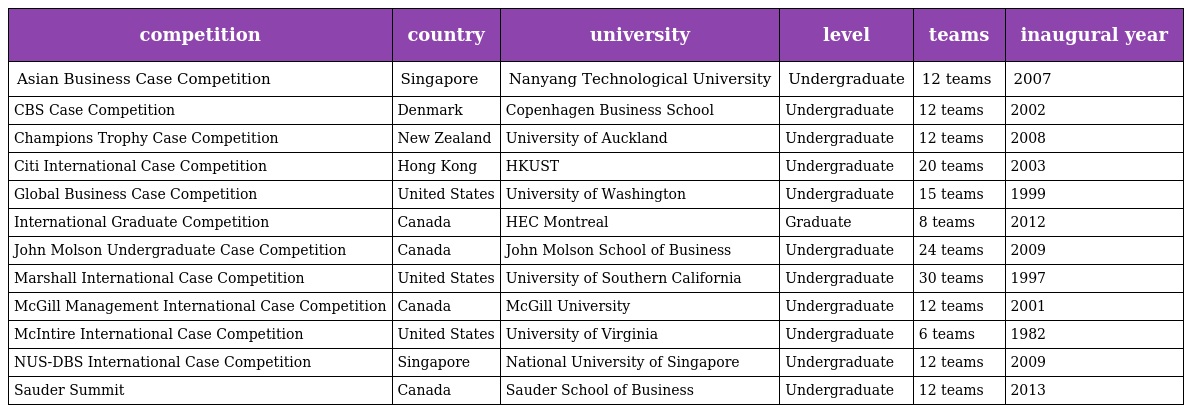
| competition | country | university | level | teams | inaugural year |
 | --- | --- | --- | --- | --- | --- |
 | Asian Business Case Competition | Singapore | Nanyang Technological University | Undergraduate | 12 teams | 2007 |
 | CBS Case Competition | Denmark | Copenhagen Business School | Undergraduate | 12 teams | 2002 |
 | Champions Trophy Case Competition | New Zealand | University of Auckland | Undergraduate | 12 teams | 2008 |
 | Citi International Case Competition | Hong Kong | HKUST | Undergraduate | 20 teams | 2003 |
 | Global Business Case Competition | United States | University of Washington | Undergraduate | 15 teams | 1999 |
 | International Graduate Competition | Canada | HEC Montreal | Graduate | 8 teams | 2012 |
 | John Molson Undergraduate Case Competition | Canada | John Molson School of Business | Undergraduate | 24 teams | 2009 |
 | Marshall International Case Competition | United States | University of Southern California | Undergraduate | 30 teams | 1997 |
 | McGill Management International Case Competition | Canada | McGill University | Undergraduate | 12 teams | 2001 |
 | McIntire International Case Competition | United States | University of Virginia | Undergraduate | 6 teams | 1982 |
 | NUS-DBS International Case Competition | Singapore | National University of Singapore | Undergraduate | 12 teams | 2009 |
 | Sauder Summit | Canada | Sauder School of Business | Undergraduate | 12 teams | 2013 |